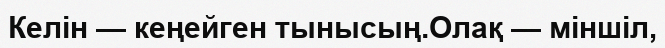
Келін — кеңейген тынысың.Олақ — міншіл,